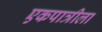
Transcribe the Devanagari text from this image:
एकपात्रीला